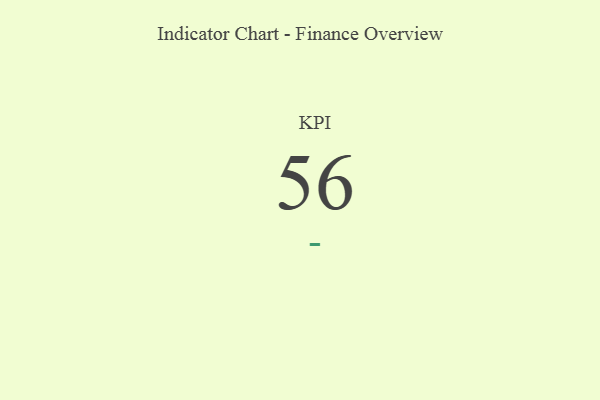
{"axis": {"x": "KPI", "y": "Value"}, "legend": [""], "data": [{"x": "KPI", "y": 56, "type": ""}]}